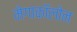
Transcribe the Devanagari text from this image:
मेगाकॉलोन